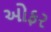
ઓફર